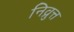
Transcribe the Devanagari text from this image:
निव्रुत्त